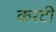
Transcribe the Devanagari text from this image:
करटी